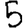
Digit: 5